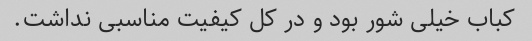
کباب خیلی شور بود و در کل کیفیت مناسبی نداشت.